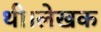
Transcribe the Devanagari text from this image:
थी।लेखक